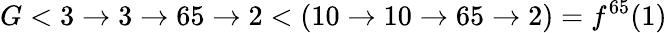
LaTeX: G<3\rightarrow 3\rightarrow 65\rightarrow 2<(10\to 10\to 65\to 2)=f^{65}(1)